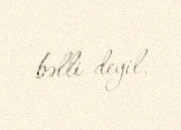
bəlli deyil.